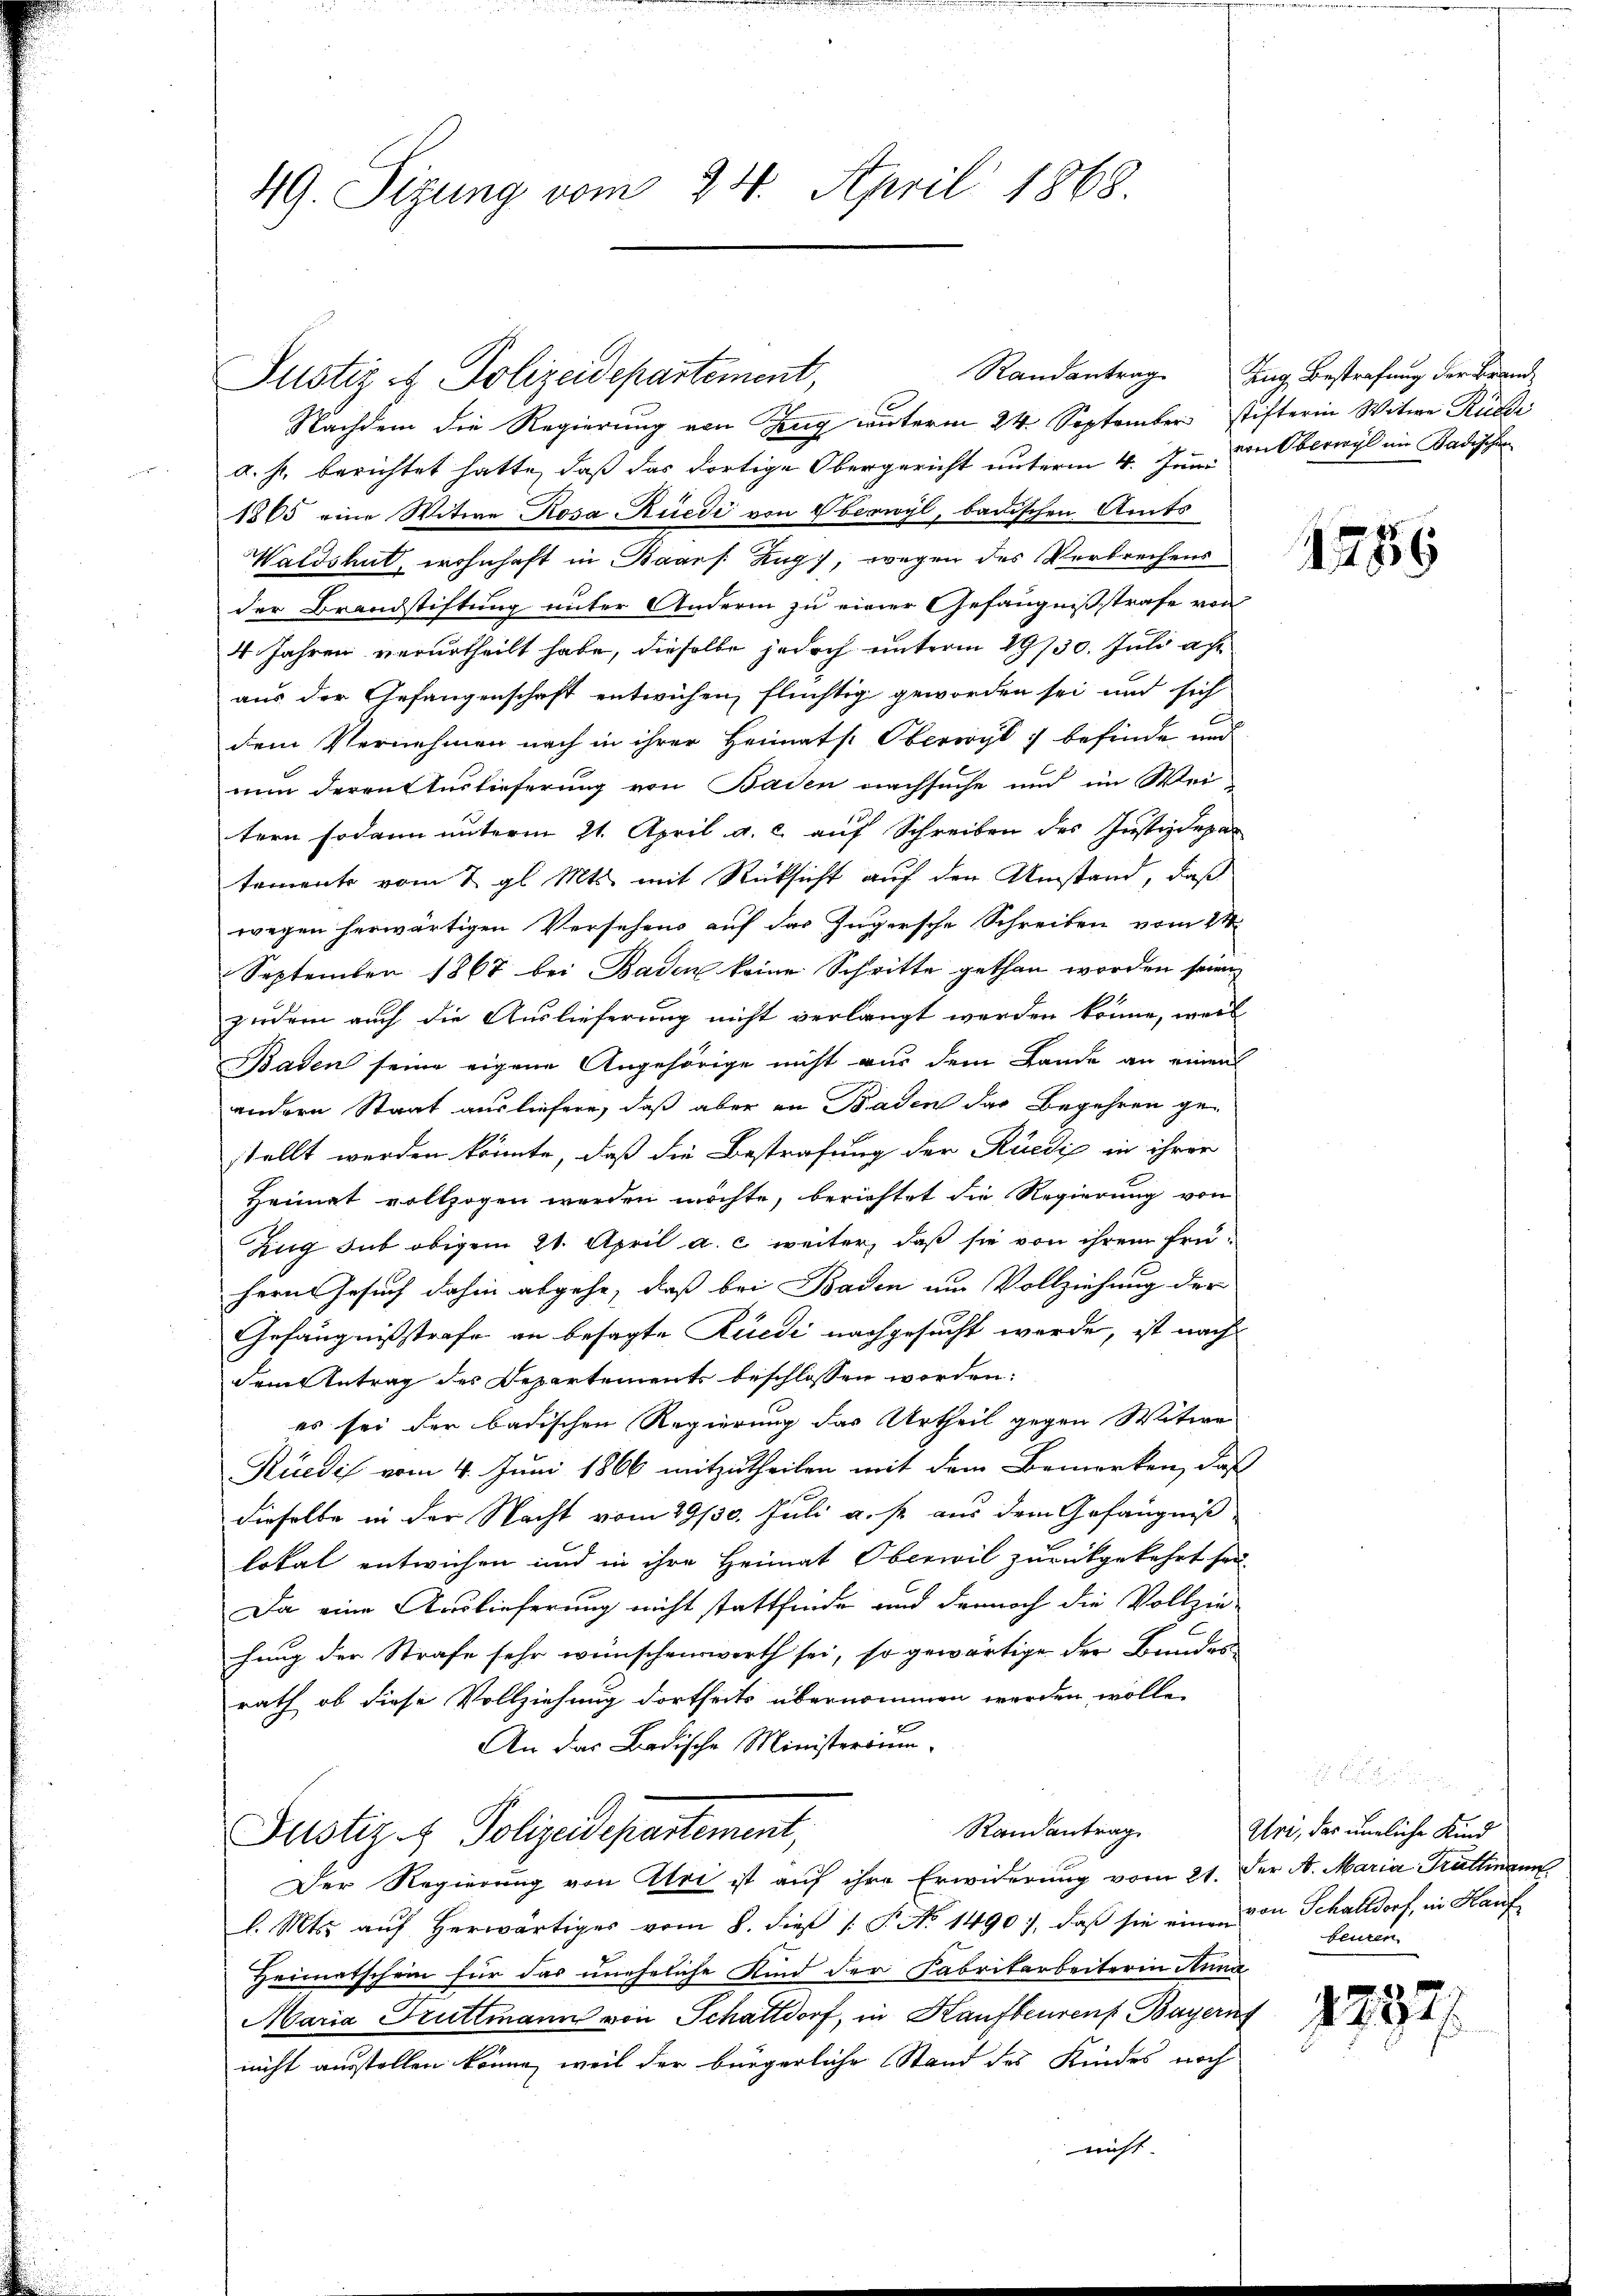
49. Sizung vom 24. April 1868.

Justiz & Polizeidepartement,

Nachdem die Regierung von Zug unterm 24. September stifterin Witwe Ruhe
a. h. berichtet hatte, daß das dortige Obergericht unterm 4. Juni
1865 eine Witwe Rosa Rüedi von Oberwyl, badischen Amts
Waldshut, wohnhaft in Baars. Zug, wegen des Verbrechens
der Brandstiftung unter Andern zu einer Gefängnissstrafe von
4. Jahren verurtheilt habe, dieselbe jedoch unterm 19730. Juli au
aus der Gefangenschaft entwichen, flüchtig geworden sei und sich
dem Vernehmen nach in ihrer Heimats: Oberwyl u befinde und
nun deren Auslieferung von Baden nachsuche und im Wei-
tern sodann unterm 21. April a. c. auf Schreiben des Justizdepar
temente vom 7. gl. Mts. mit Rücksicht auf den Umstand, daß
wegen herwärtigen Versehens auf das Zugersche Schreiben vom 21
September 1867 bei Baden keine Schritte gethan worden seien
zudem auch die Auslieferung nicht verlangt werden könne, weil
Baden seine eigene Angehörige nicht aus dem Lande an einen
andern Staat ausliefern, daß aber an Baden das Begehren gestellt werden könnte, daß die Bestrafung der Rüedi in ihrer
Heimat vollzogen werden möchte, berichtet die Regierung von
Zug sub obigem 21. April a. c. weiter, daß sie von ihrem frühern Gesuch dahin abgehe, daß bei Baden um Vollziehung der
Gefängnißstrafe an besagte Rüedi nachgesucht werde, ist nach
dem Antrag des Departements beschlossen worden:
es sei der badischen Regierung das Urtheil gegen Witwe
Kuedis vom 4. Juni 1866 mitzutheilen mit dem Bemerken, daß
dieselbe in der Nacht vom 29/30. Juli a. p. aus dem Gefängniß
lokal entwichen und in ihre Heimat Oberwil zurückgekehrt sei.
Da eine Auslieferung nicht stattfinde und dennoch die Vollzie-
hung der Strafe sehr wünschenswerth sei, so gewärtige der Bundes-
rath, ob diese Vollziehung dortheits übernommen worden wolle.
An das Badische Ministerium.
Randantrag
Justiz- & Polizeidepartement,
Der Regierung von Uri ist auf ihre Erwiderung vom 21. der N. Maria Truttmann
l. Mts. aŭf herwärtiges vom 8. die 1. P. No. 1490), daβ sie ein von Schalldorf, in Kauf¬
Heimatschein für das uneheliche Kind der Fabrikarbeiterin Anna
Maria Truttmann von Schattdorf, in Kaufbeurenz Bayern
nicht ausstellen könne, weil der bürgerliche Stand des Kindes noch
nicht

Randantrag

Zug, Bestrafung der Brandvon Oberwyl im Badischen

1259

e
11921.

Uri, der umliche Kind
beuren